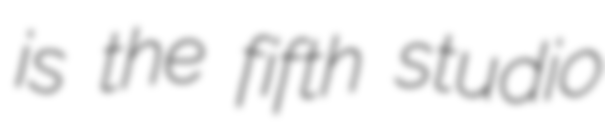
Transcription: is the fifth studio